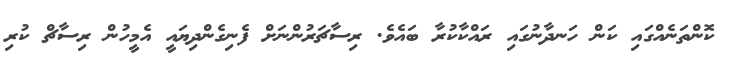
ކޮންތަނެއްގައި ކަން ހަނދާނުގައި ރައްކާކުރާ ބައެވެ. ރިސާޗަރުންނަށް ފެނިގެންދިޔައީ އެމީހުން ރިސާޗް ކުރި